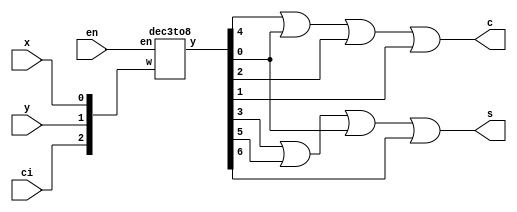
module q3(x, y, ci, en, s, c);
input x, y, ci, en;
output s, c;
wire [2: 0]Y;
wire [0: 7]R;
assign Y[0] = x;
assign Y[1] = y;
assign Y[2] = ci;

dec3to8 level(Y, en, R);
assign c = R[3] | R[7] | R[5] | R[6];
assign s  = R[4] | R[2] | R[7] | R[1];
endmodule


module dec3to8(w, en, y);
input [2: 0]w;
input en;
output [0: 7]y;
reg [0: 7]y;
always @(en or w)
	case({en, w})
	4'b1000 : y = 8'b10000000;
	4'b1001 : y = 8'b01000000;
	4'b1010 : y = 8'b00100000;
	4'b1011 : y = 8'b00010000;
	4'b1100 : y = 8'b00001000;
	4'b1101 : y = 8'b00000100;
	4'b1110 : y = 8'b00000010;
	4'b1111 : y = 8'b00000001;
	default : y = 8'b00000000;
	endcase
endmodule